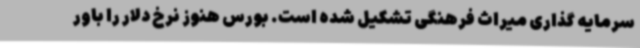
سرمایه گذاری میراث فرهنگی تشکیل شده است. بورس هنوز نرخ دلار را باور